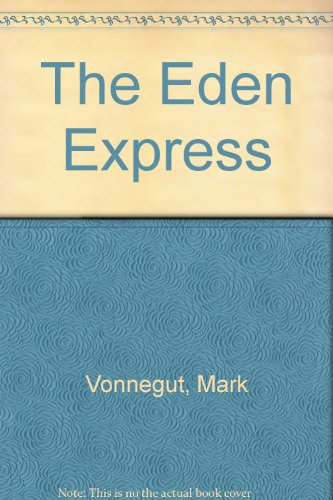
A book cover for The Eden Express, a Personal Account of Schizophrenia; Mark Vonnegut; Health, Fitness & Dieting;